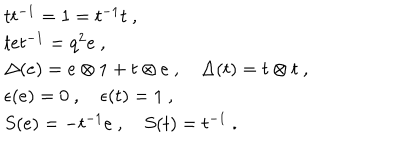
\begin{array} { r c l } { { } } & { { } } & { { t t ^ { - 1 } = 1 = t ^ { - 1 } t ~ , } } \\ { { } } & { { } } & { { t e t ^ { - 1 } = q ^ { 2 } e ~ , } } \\ { { } } & { { } } & { { \Delta ( e ) = e \otimes 1 + t \otimes e ~ , ~ \Delta ( t ) = t \otimes t ~ , } } \\ { { } } & { { } } & { { \epsilon ( e ) = 0 ~ , ~ \epsilon ( t ) = 1 ~ , } } \\ { { } } & { { } } & { { S ( e ) = - t ^ { - 1 } e ~ , ~ S ( t ) = t ^ { - 1 } ~ . } } \\ \end{array}